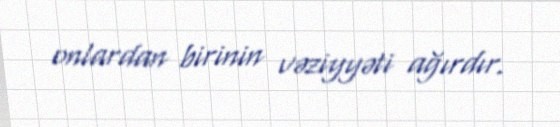
onlardan birinin vəziyyəti ağırdır.